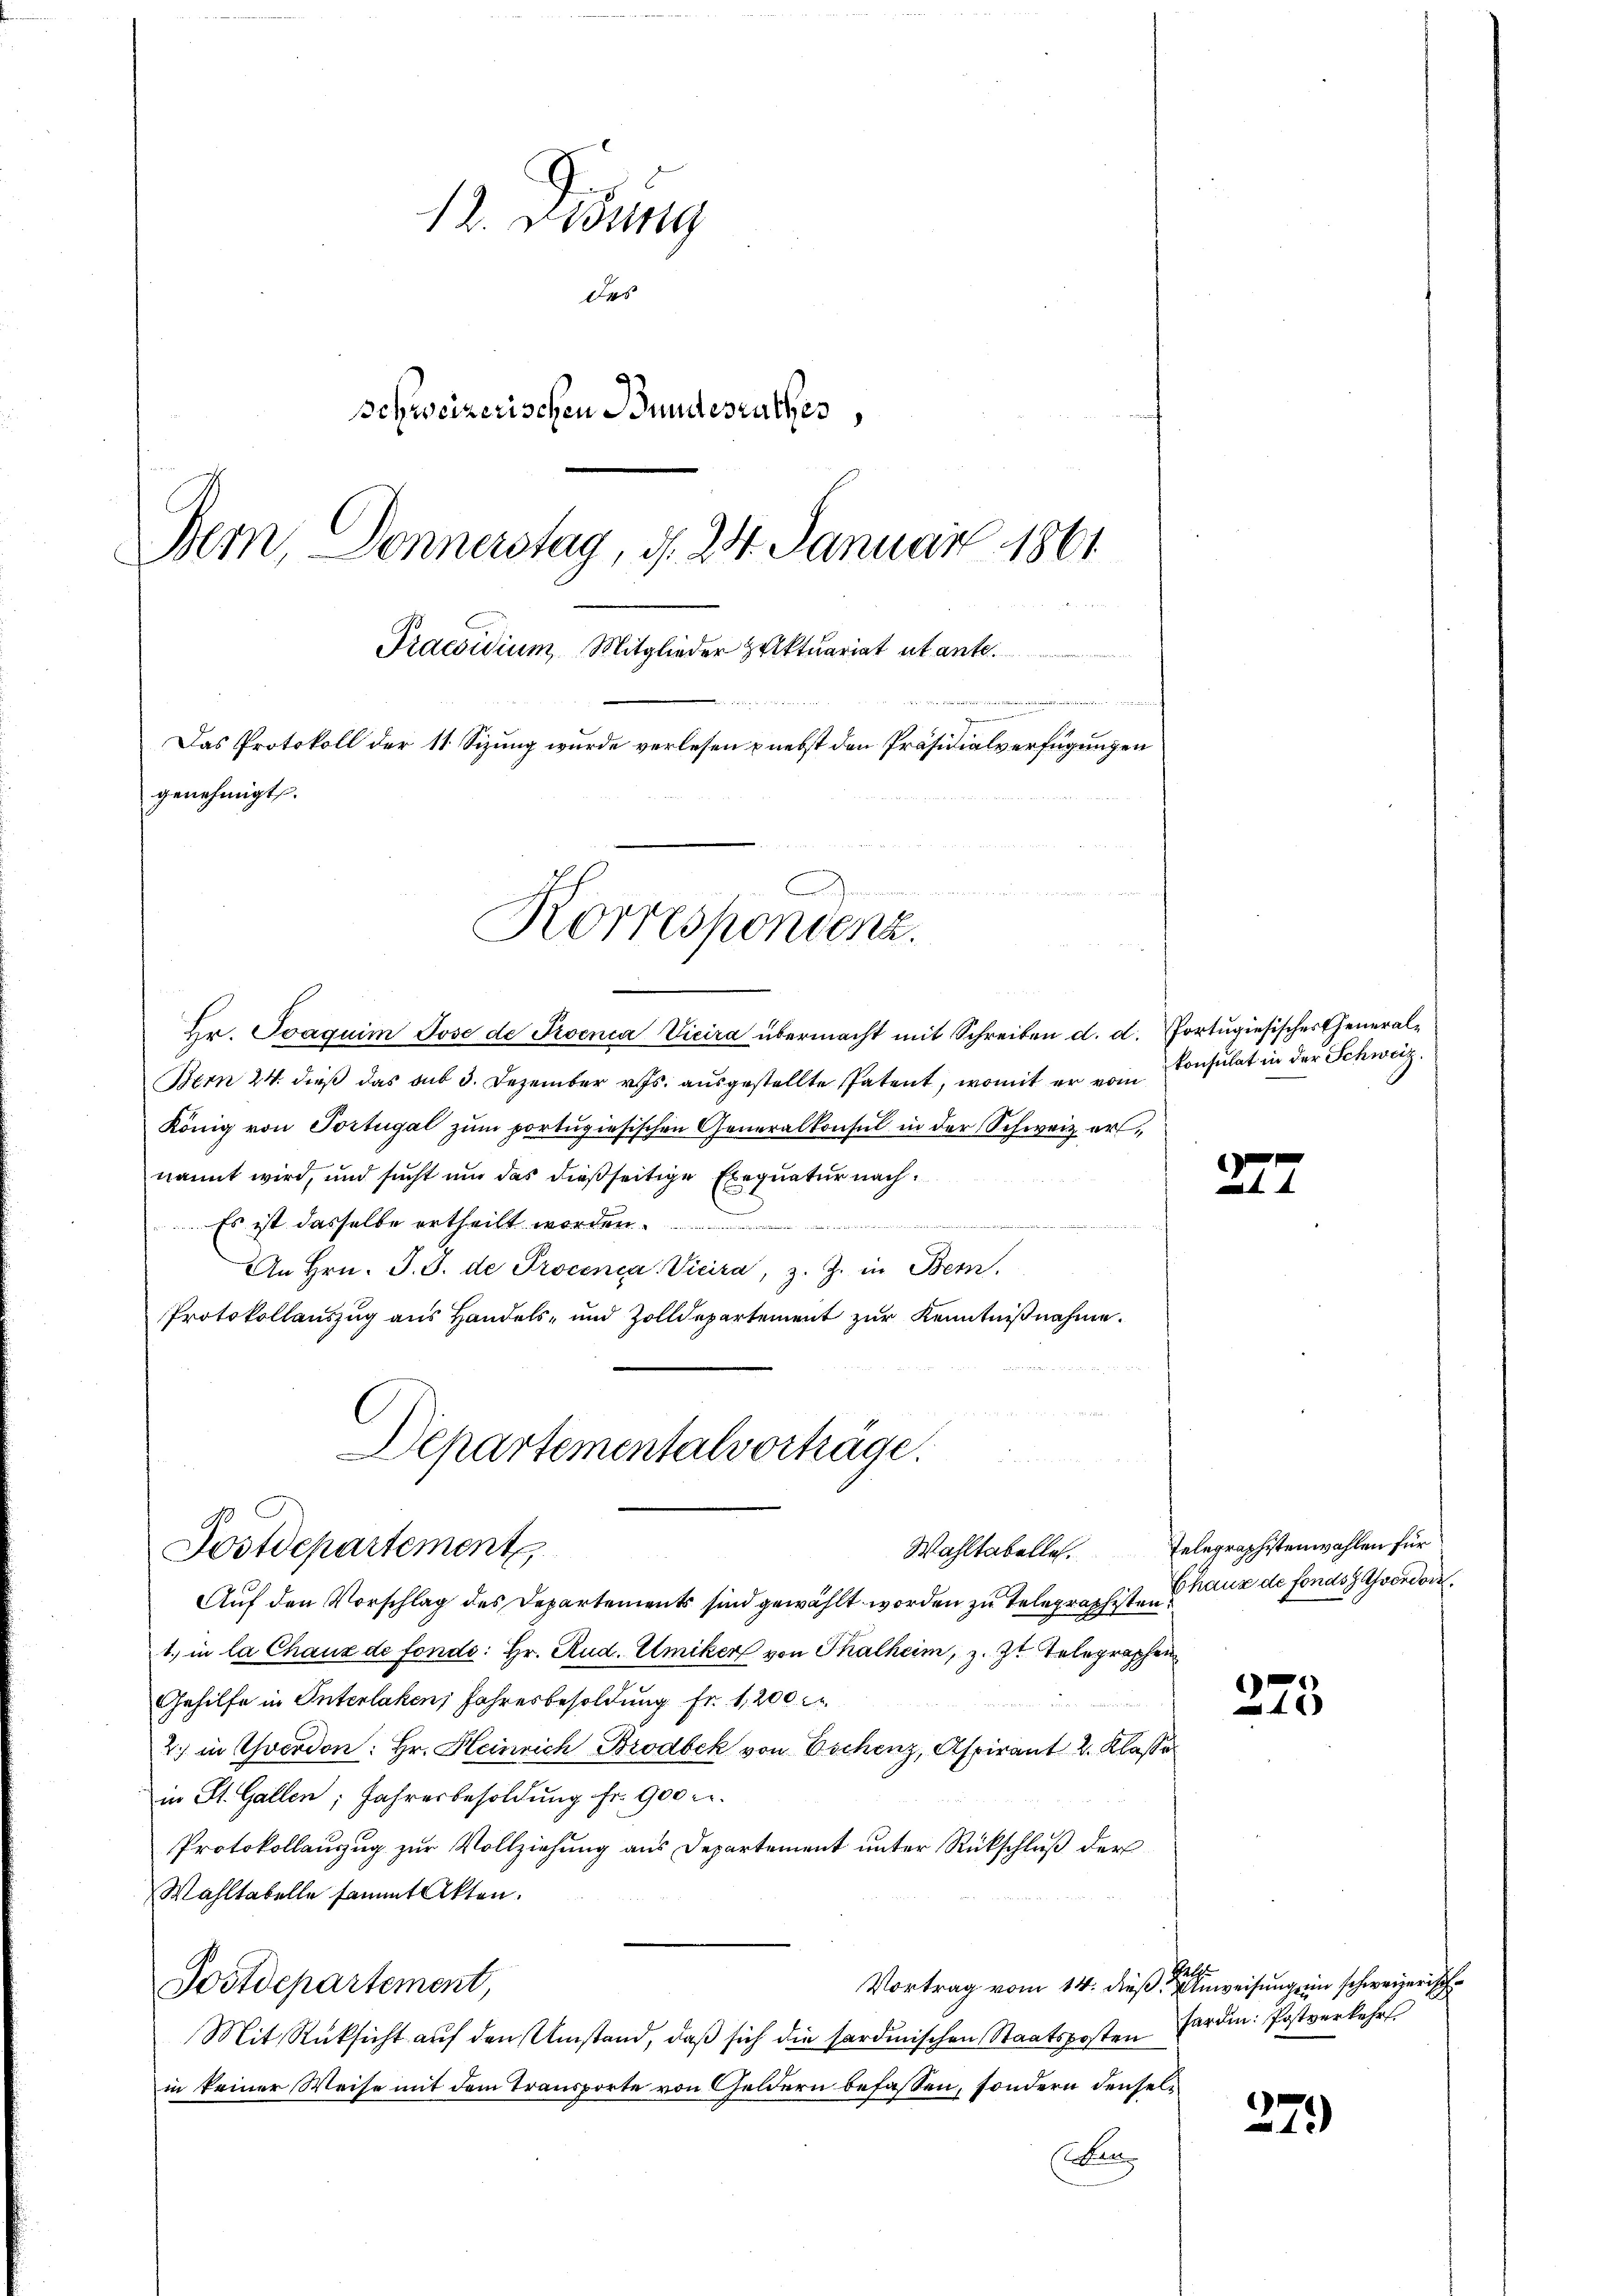
12. Dessg
des
schweizerischen Bundesrathes,
Bern, Donnerstag, d. 24. Januar 1861
Praesidium Mitglieder Aktuariat utante.

u
Das Protokoll der 11 Sizung wurde verlesen nebst den Präsidialverfügungen
genehmigt.

Hr. Joaquim Jose de Proenia Vicira übermacht mit Schreiben d. d. Portugiesisches General¬
Bern 24. dieß das sub 3. Dezember v. Js. ausgestellte Patent, womit er vom
König von Portugal zum portugiesischen Generalkonsul in der Schweiz ernannt wird, und sucht um das dießseitige Exequatur nach¬
Es ist dasselbe ertheilt worden.
An Hrn. J. J. de Procenia Vicira, z. Z. in Bern,
Protokollauszug aus Handels- und Zolldepartement zur Kenntnißnahme.
Auf den Vorschlag des Departements sind gewählt worden zu Telegraphisten Haus de fonds Averdor
1. in la Chaux de fondo: Hr. Rud. Elmiker von Thalheim, z. Zt. Telegraphen
Gehilfe in Unterlaken, Jahresbesoldung Fr. 1,200
2) in Yverdon: Hr. Heinrich Brodbek von Eschenz, Aspirant 2. Klasse
in St. Gallen; Jahresbesoldung fr. 900 c.
Protokollauszug zur Vollziehung aus Departement unter Rückschluß der
Wahltabelle sammt Akten.
Vortrag vom 14. dieß. Anweisung in schweizerisch
Postdepartement,
Mit Rücksicht auf den Umstand, daß sich die sardinischen Staatsposten
in keiner Weise mit dem Transporte von Geldern befassen, sondern densel¬
Ban

Departementalvorträge.
Postdepartement

Korrespondenz.

konsulat in der Schweiz.

e
e
t

Wahltabelle. Telegraphistenwahlen für

e
4x

279)

thalt
hardin: Postverkehrt.